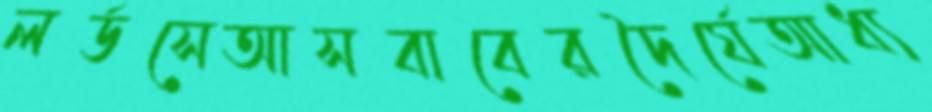
লর্ডসেআসবাবেরদৈর্ঘেআধ্য